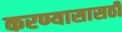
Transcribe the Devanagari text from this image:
करण्यासासठी